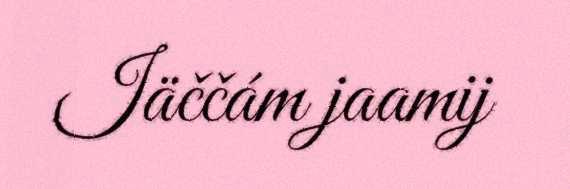
Iäččám jaamij